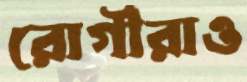
রোগীরাও